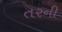
તરની